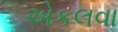
એકલવા